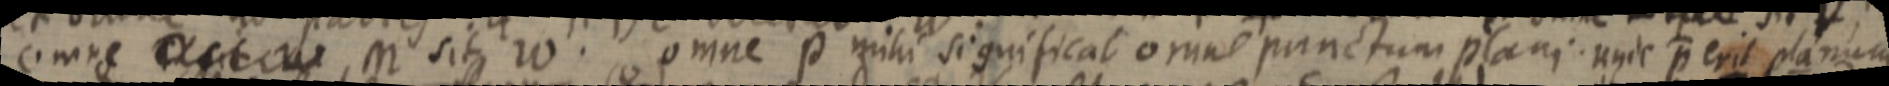
omne _ M sit W. omne P significat omne punctum plani unde p erit planum